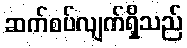
ဆက်စပ်လျက်ရှိသည်